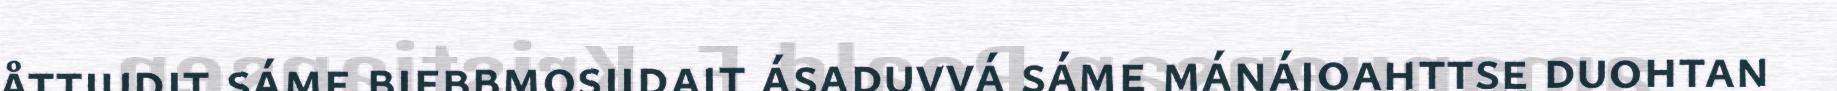
åttjudit sáme biebbmosijdajt ásaduvvá sáme mánájoahttse duohtan